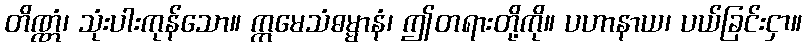
တိဏ္ဏံ၊ သုံးပါးကုန်သော။ ဣမေသံဓမ္မာနံ၊ ဤတရားတို့ကို။ ပဟာနာယ၊ ပယ်ခြင်းငှာ။